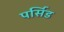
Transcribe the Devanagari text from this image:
पर्सिड